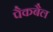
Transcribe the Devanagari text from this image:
पैकबैल